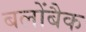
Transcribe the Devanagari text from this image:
बलोंबैक